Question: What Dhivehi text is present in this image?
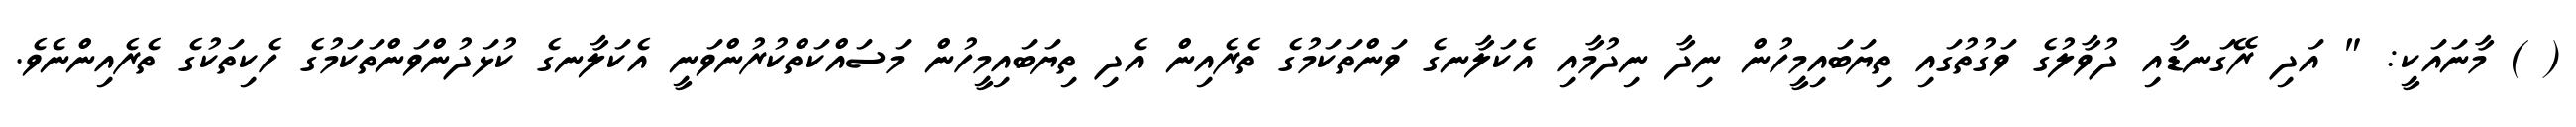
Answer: ( ) މާނައަކީ: " އަދި ރޭގަނޑާއި ދުވާލުގެ ވަގުތުގައި ތިޔަބައިމީހުން ނިދާ ނިދުމާއި އެކަލާނގެ ވަންތަކަމުގެ ތެރެއިން އެދި ތިޔަބައިމީހުން މަސައްކަތްކުރުންވަނީ އެކަލާނގެ ކުޅަދުންވަންތަކަމުގެ ހެކިތަކުގެ ތެރެއިންނެވެ.